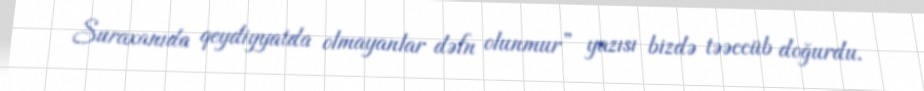
Suraxanıda qeydiyyatda olmayanlar dəfn olunmur” yazısı bizdə təəccüb doğurdu.